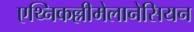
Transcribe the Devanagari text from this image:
एथ्निकल्लीमेलानेसियन